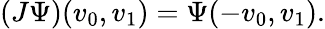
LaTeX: (J\Psi)(v_{0},v_{1})=\Psi(-v_{0},v_{1}).